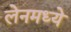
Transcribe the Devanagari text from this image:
लेनमध्ये